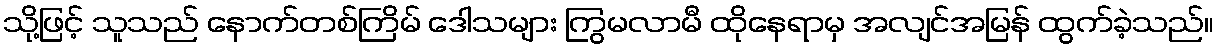
သို့ဖြင့် သူသည် နောက်တစ်ကြိမ် ဒေါသများ ကြွမလာမီ ထိုနေရာမှ အလျင်အမြန် ထွက်ခဲ့သည်။